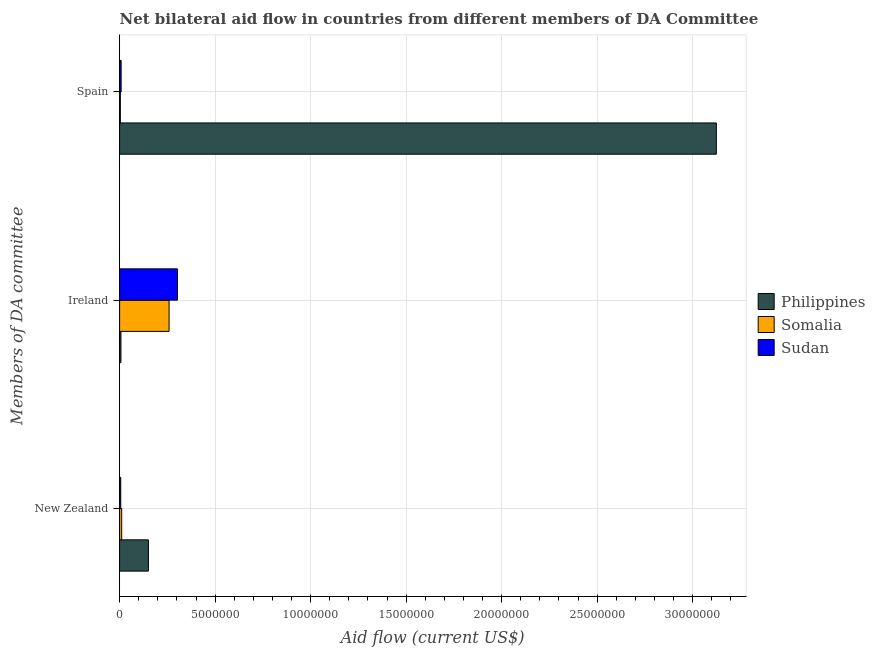
| Members of DA committee | Philippines | Somalia | Sudan |
 | --- | --- | --- | --- |
 | New Zealand | 1.51e+06 | 1.1e+05 | 6e+04 |
 | Ireland | 7e+04 | 2.59e+06 | 3.03e+06 |
 | Spain | 3.12e+07 | 4e+04 | 8e+04 |